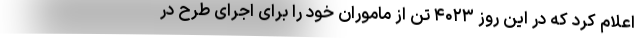
اعلام کرد که در این روز ۴۰۲۳ تن از ماموران خود را برای اجرای طرح در